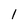
Character: 1